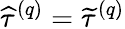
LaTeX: \widehat{\tau}^{\left(q\right)}=\widetilde{\tau}^{\left(q\right)}